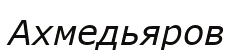
Ахмедьяров